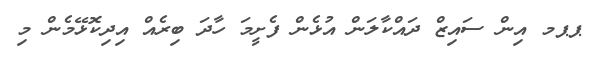
ޕޕމ އިން ސައިޒް ދައްކާލަން އުޅެން ފެެށީމަ ހާދަ ބިރެއް އިދިކޮޅޭމެން މި